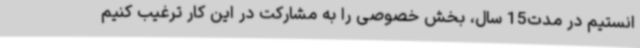
انستیم در مدت15 سال، بخش خصوصی را به مشارکت در این کار ترغیب کنیم